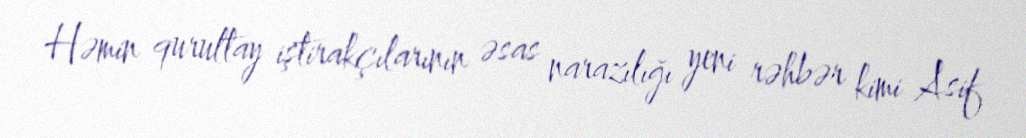
Həmin qurultay iştirakçılarının əsas narazılığı yeni rəhbər kimi Asif